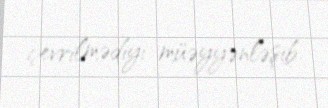
çevrilmədiyi müəyyənləşib.